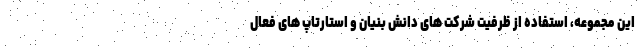
این مجموعه، استفاده از ظرفیت شرکت های دانش بنیان و استارتاپ های فعال